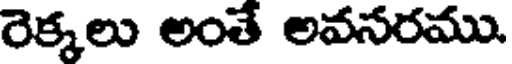
రెక్కలు అంతే అవసరము.